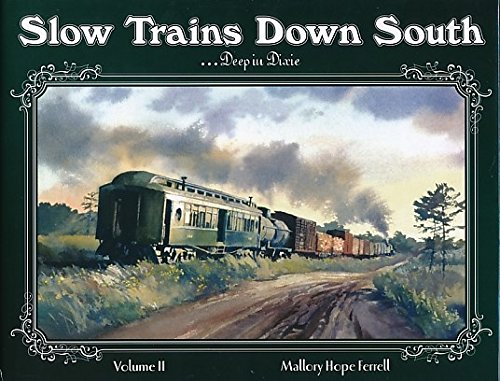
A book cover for Slow Trains Down South, Vol. 2: Deep in Dixie; Mallory Ferrell; Arts & Photography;